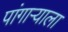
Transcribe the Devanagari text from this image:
पांगाऱ्याला